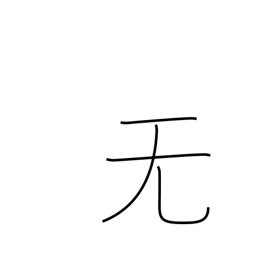
Meaning: nothing